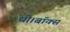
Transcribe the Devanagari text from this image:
थी।बॉक्स